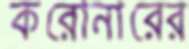
করোনারের